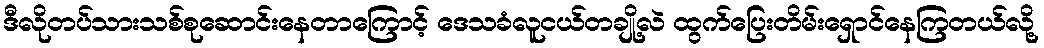
ဒီလိုတပ်သားသစ်စုဆောင်းနေတာကြောင့် ဒေသခံလူငယ်တချို့လဲ ထွက်ပြေးတိမ်းရှောင်နေကြတယ်လို့